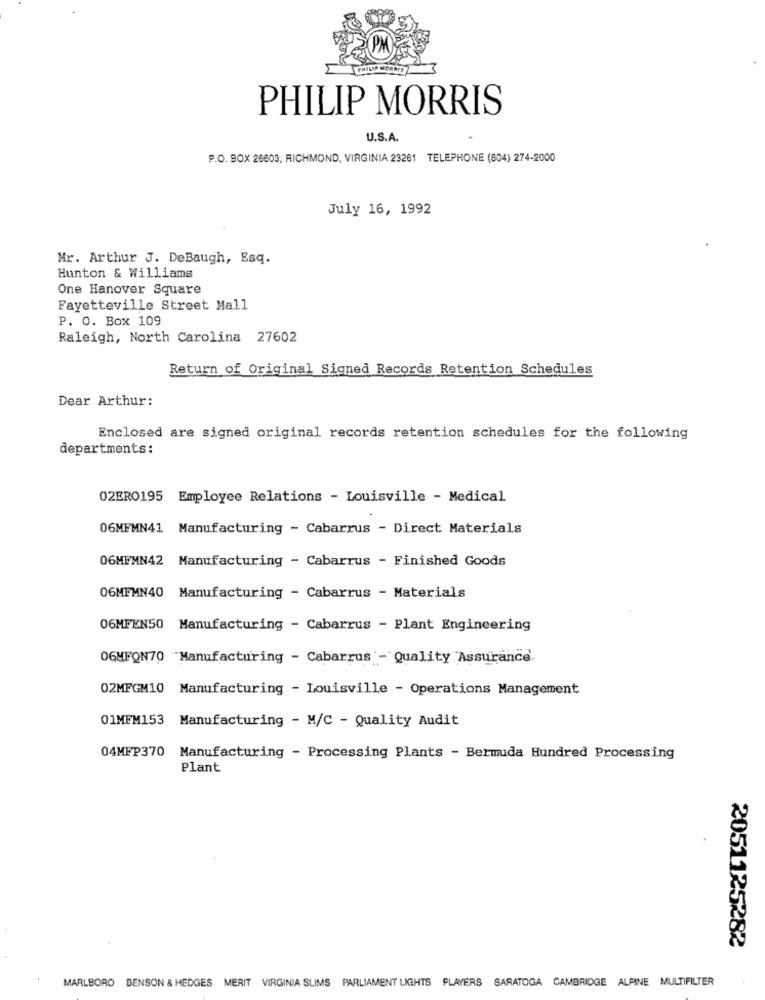
PHILIP MORRIS
U.S.A.
P.O. BOX 26603, RICHMOND, VIRGINIA 23261 TELEPHONE (804) 274-2000
July 16, 1992
Mr. Arthur J. DeBaugh, Esq.
Hunton & Williams
One Hanover Square
Fayetteville Street Mall
P. O. Box 109
Raleigh, North Carolina 27602
Return of Original Signed Records Retention Schedules
Dear Arthur:
Enclosed are signed original records retention schedules for the following
departments:
02ERO195 Employee Relations - Louisville - Medical
06MFMN41 Manufacturing - Cabarrus - Direct Materials
06MEMN42 Manufacturing - Cabarrus - Finished Goods
06MFMN40 Manufacturing - Cabarrus - Materials
06MFEN50 Manufacturing - Cabarrus - Plant Engineering
06MFON70 "Manufacturing - Cabarrus - Quality Assurance.
02MFGM10 Manufacturing - Louisville - Operations Management
01MEM153 Manufacturing - M/C - Quality Audit
04MFP370
Manufacturing - Processing Plants - Bermuda Hundred Processing
Plant
2051125282
MARLBORO BENSON & HEDGES MERIT VIRGINIA SLIMS PARLIAMENT LIGHTS PLAYERS SARATOGA CAMBRIDGE ALPINE MULTIFILTER